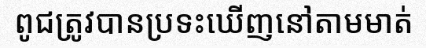
ពូជត្រូវបានប្រទះឃើញនៅតាមមាត់